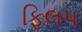
ફિલપ